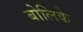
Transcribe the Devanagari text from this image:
बोलिके